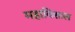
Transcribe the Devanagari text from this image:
महाविशाल